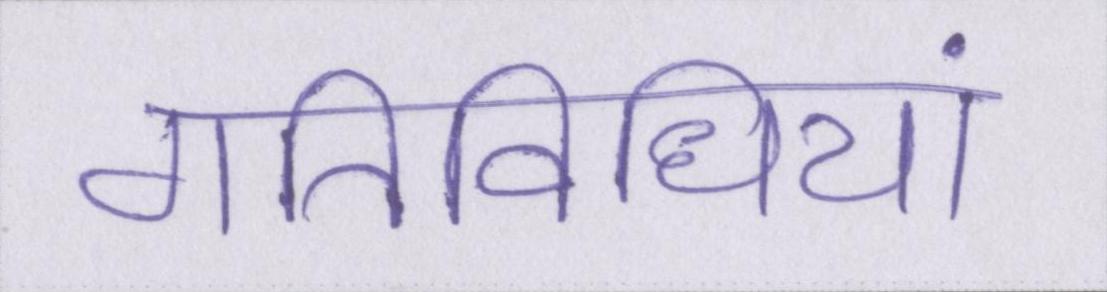
गतिविधियां